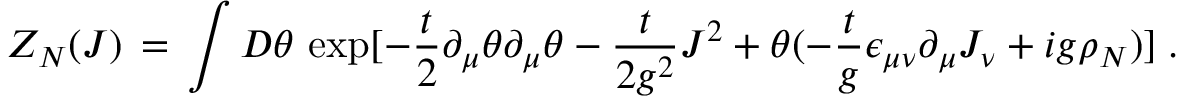
{ \cal Z } _ { N } ( J ) \, = \, \int { \cal D } \theta \, \exp [ - \frac { t } { 2 } \partial _ { \mu } \theta \partial _ { \mu } \theta - \frac { t } { 2 g ^ { 2 } } J ^ { 2 } + \theta ( - \frac { t } { g } \epsilon _ { \mu \nu } \partial _ { \mu } J _ { \nu } + i g \rho _ { N } ) ] \; .